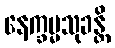
နေက္ခမ္မသုခန္တိ